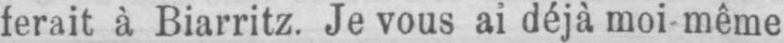
ferait à Biarritz. Je vous ai déjà moi-même